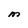
Character: M